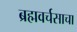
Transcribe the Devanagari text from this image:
ब्रह्मवर्चसाचा